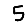
Digit: 5